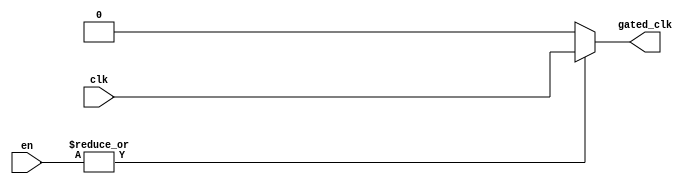
module clock_gating (
    input wire clk,              // Main clock signal
    input wire [N-1:0] en,      // Enable signals (N enable signals)
    output wire gated_clk        // Gated clock output
);
    parameter N = 4;             // Number of enable signals (can be adjusted)

    // OR gate to combine enable signals
    wire or_enable;

    // Generate the OR of all enable signals
    assign or_enable = |en;      // Bitwise OR operation on enable signals

    // Gated clock logic
    assign gated_clk = or_enable ? clk : 1'b0; // If any enable is high, pass clk; otherwise, output 0

endmodule